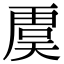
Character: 𮓥